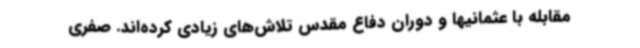
مقابله با عثمانیها و دوران دفاع مقدس تلاش‌های زیادی کرده‌اند. صفری